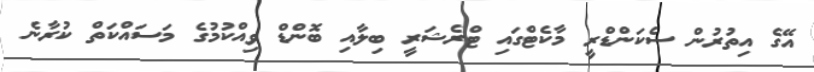
އޭގެ އިތުރުން ސެކަންޑްރީ މާކެޓްގައި ޓްރެޝަރީ ބިލާއި ބޮންޑް ވިއްކުމުގެ މަސައްކަތް ކުރާނެ